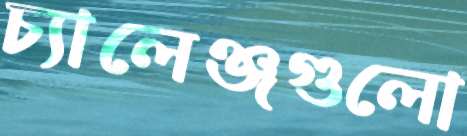
চ্যালেঞ্জগুলো